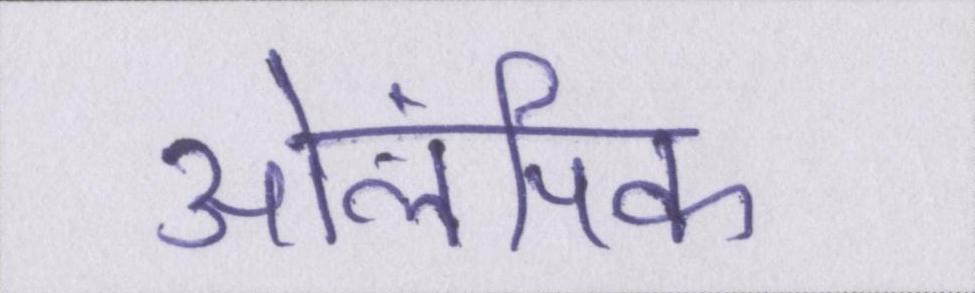
ओलंपिक